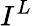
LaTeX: I^{L}